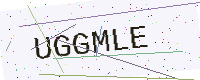
Text: UGGMLE